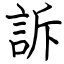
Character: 訴